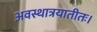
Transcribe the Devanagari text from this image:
अवस्थात्रयातीतः।